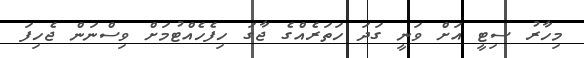
މިހާރު ސިޓީ އަށް ވަނީ ގަދަ ހަތަރެއްގެ ޖާގަ ހިފެހެއްޓުމަށް ވިސްނަން ޖެހިފަ